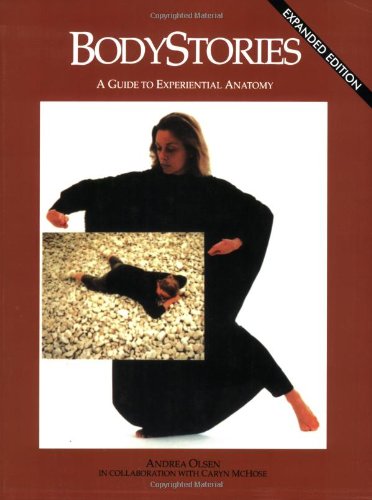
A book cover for Bodystories: A Guide to Experiential Anatomy; Andrea Olsen; Humor & Entertainment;